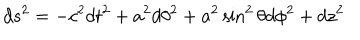
LaTeX: d s ^ { 2 } = - c ^ { 2 } d t ^ { 2 } + a ^ { 2 } d \theta ^ { 2 } + a ^ { 2 } \sin ^ { 2 } \theta d \phi ^ { 2 } + d z ^ { 2 }